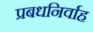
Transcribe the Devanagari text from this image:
प्रबधनिर्वाह